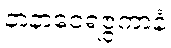
နာနာဝေရဇ္ဇကာနံ